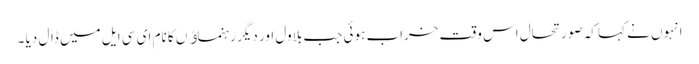
انہوں نے کہا کہ صورتحال اس وقت خراب ہوئی جب بلاول اور دیگر رہنماﺅں کا نام ای سی ایل میں ڈال دیا ۔